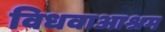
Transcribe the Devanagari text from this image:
विधवाआश्रम